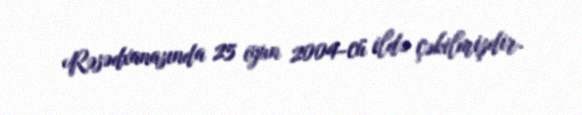
Rəsədxanasında 25 iyun 2004-cü ildə çəkilmişdir.